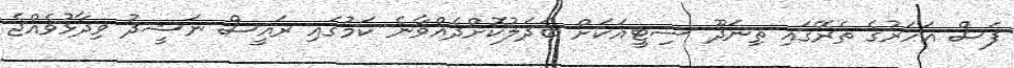
ފަސް އަހަރުގެ ތެރޭގައި ތިނަދޫ ސިޓީއަކަށް ބަދަލުކޮށްދެއްވާނެ ކަމުގައި ރައީސް ނަޝީދު ވިދާޅުވެއްޖެ